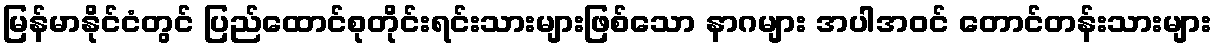
မြန်မာနိုင်ငံတွင် ပြည်ထောင်စုတိုင်းရင်းသားများဖြစ်သော နာဂများ အပါအဝင် တောင်တန်းသားများ